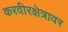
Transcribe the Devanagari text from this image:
करवीरक्षेत्रावर